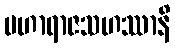
မဟာရာဇသဟဿာနိ